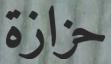
حزازة